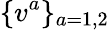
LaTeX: \{ v^{a}\} _{a=1,2}